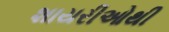
શાયરીઓથી